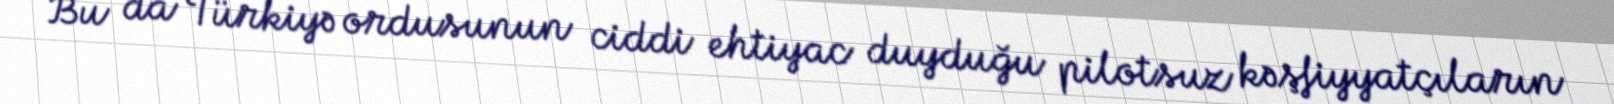
Bu da Türkiyə ordusunun ciddi ehtiyac duyduğu pilotsuz kəşfiyyatçıların